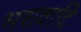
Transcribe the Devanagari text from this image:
भशवादि